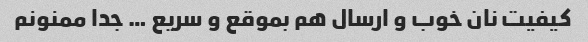
کیفیت نان خوب و ارسال هم بموقع و سریع … جدا ممنونم